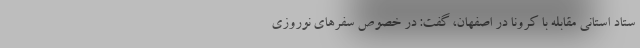
ستاد استانی مقابله با کرونا در اصفهان، گفت: در خصوص سفرهای نوروزی